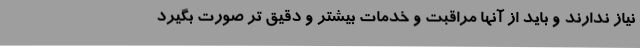
نیاز ندارند و باید از آنها مراقبت و خدمات بیشتر و دقیق تر صورت بگیرد